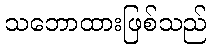
သဘောထားဖြစ်သည်